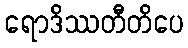
ရောဒိဿတီတိပေ